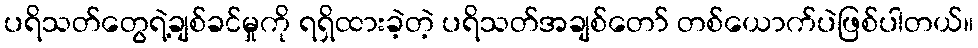
ပရိသတ်တွေရဲ့ချစ်ခင်မှုကို ရရှိထားခဲ့တဲ့ ပရိသတ်အချစ်တော် တစ်ယောက်ပဲဖြစ်ပါတယ်။